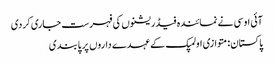
آئی او سی نے نمائندہ فیڈریشنوں کی فہرست جاری کردی
پاکستان: متوازی اولمپک کے عہدے داروں پر پابندی